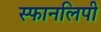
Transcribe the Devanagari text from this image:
स्फानलिपी